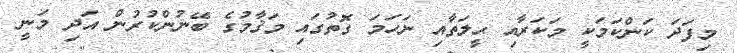
މިފަދަ ކަންކަމަކީ މަކަރާއި ޙީލަތާއި ނަހަމަ ގޮތުގައި މަޤާމުގެ ބޭނުންކުރުން އަދި މަނީ